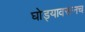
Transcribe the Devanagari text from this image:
घोड्यावरूनच